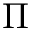
\Pi